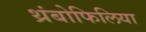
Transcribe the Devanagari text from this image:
थ्रंबोफिलिया